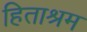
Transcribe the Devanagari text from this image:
हिताश्रम